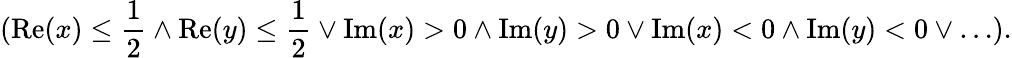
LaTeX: (\operatorname{Re}(x)\leq{\frac{1}{2}}\wedge\operatorname{Re}(y)\leq{\frac{1}{2}}\vee\operatorname{Im}(x)>0\wedge\operatorname{Im}(y)>0\vee\operatorname{Im}(x)<0\wedge\operatorname{Im}(y)<0\vee\ldots).